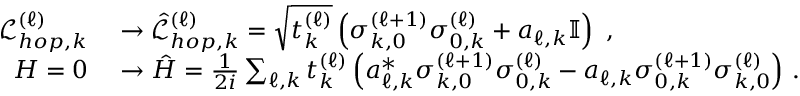
\begin{array} { r l } { \mathcal { L } _ { h o p , k } ^ { ( \ell ) } } & { { } \rightarrow \hat { \mathcal { L } } _ { h o p , k } ^ { ( \ell ) } = \sqrt { t _ { k } ^ { ( \ell ) } } \left( \sigma _ { k , 0 } ^ { ( \ell + 1 ) } \sigma _ { 0 , k } ^ { ( \ell ) } + a _ { \ell , k } \mathbb { I } \right) \, \, , } \\ { H = 0 } & { { } \rightarrow \hat { H } = \frac { 1 } { 2 i } \sum _ { \ell , k } t _ { k } ^ { ( \ell ) } \left( a _ { \ell , k } ^ { * } \sigma _ { k , 0 } ^ { ( \ell + 1 ) } \sigma _ { 0 , k } ^ { ( \ell ) } - a _ { \ell , k } \sigma _ { 0 , k } ^ { ( \ell + 1 ) } \sigma _ { k , 0 } ^ { ( \ell ) } \right) \, . } \end{array}